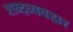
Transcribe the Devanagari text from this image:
शब्दव्यवहार